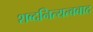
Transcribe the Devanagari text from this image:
शब्दनित्यत्ववाद